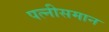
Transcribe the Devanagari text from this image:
पत्नीसमान